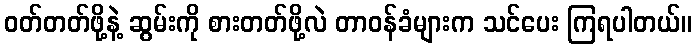
ဝတ်တတ်ဖို့နဲ့ ဆွမ်းကို စားတတ်ဖို့လဲ တာဝန်ခံများက သင်ပေး ကြရပါတယ်။